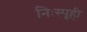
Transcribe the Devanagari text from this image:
निःस्पृही